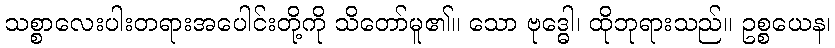
သစ္စာလေးပါးတရားအပေါင်းတို့ကို သိတော်မူ၏။ သော ဗုဒ္ဓေါ၊ ထိုဘုရားသည်။ ဥစ္စယေန၊